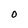
Character: O